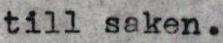
till saken.